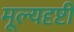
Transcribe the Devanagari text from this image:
मूल्यदृष्टी